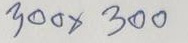
300 x 300